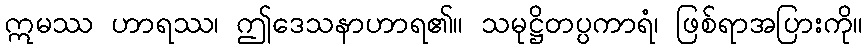
ဣမဿ ဟာရဿ၊ ဤဒေသနာဟာရ၏။ သမုဋ္ဌိတပ္ပကာရံ၊ ဖြစ်ရာအပြားကို။